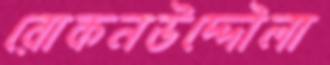
রোকনউদ্দৌলা